Vaccination North-Western Provinces and Oudh 1896-1901 - 1896-1901
Year: 1896
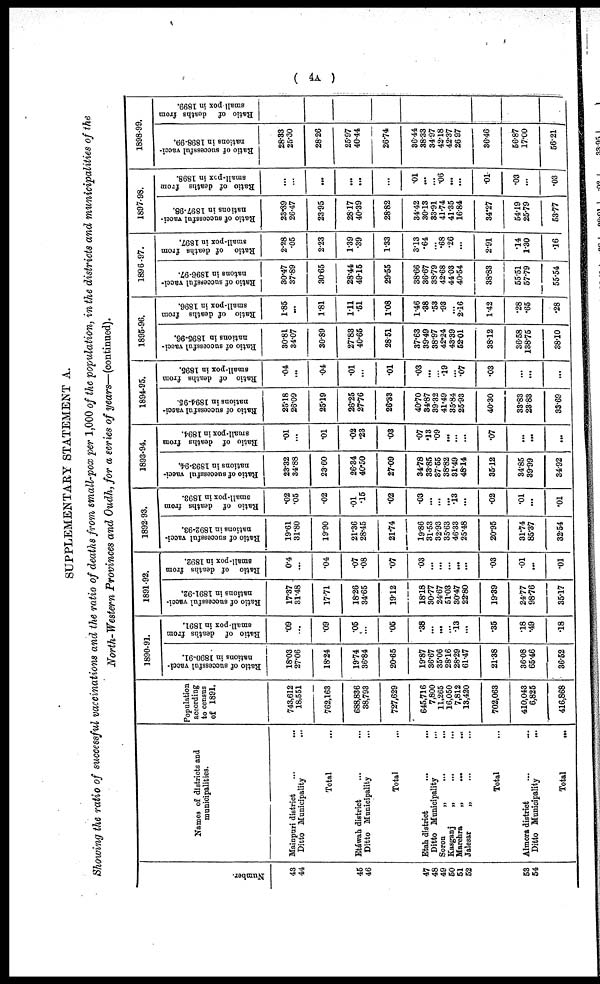
( 4A )
SUPPLEMENTARY STATEMENT A.
Showing the ratio of successful vaccinations and the ratio of deaths from small-pox per 1,000 of the population, in the districts and municipalities of the
North-Western Provinces and Oudh, for a series of years—(continued).
Number.
43
44
45
46
47
48
49
50
51
52
53
54
Names of districts and
municipalities.
Mainpuri district
Ditto Municipality
Total
Etáwah district
Ditto Municipality
Total
Etah district
Ditto Municipality
Soron
Kasganj
„
......
Marehra
Jalesar
„
Total
Almora district
Ditto Municipality
Total
...
Population
according
to census
of 1891.
743,612
18,551
762,163
688,836
38,793
727,629
645,716
7,800
11,265
16,050
7,812
13,420
702,063
410,043
6,825
416,868
1890-91.
Ratio of successful vacci-
nations in 1890-91.
18.03
27.06
18.24
19.74
36.84
20.65
19.87
36.67
35.06
28.16
28.29
61.47
21.38
36.08
65.46
36.52
Ratio of deaths from
small-pox in 1891.
.09
...
.09
.05
...
.05
.38
...
...
...
.13
...
.35
.18
.49
.18
1891-92.
Ratio of successful vacci-
nations in 1891-92.
17.37
31.48
17.71
18.26
34.65
19.12
18.18
30.77
24.67
51.03
30.47
22.80
19.39
24.77
98.76
35.17
Ratio of deaths from
small-pox in 1892.
0.4
...
.04
.07
.08
.07
.03
...
...
...
...
...
.03
.01
...
.01
1892-93.
Ratio of successful vacci-
nations in 1892-93.
19.61
31.80
19.90
21.36
28.45
21.74
19.86
31.53
32.93
35.63
46.33
25.48
20.95
31.74
85.37
32.54
Ratio of deaths from
small-pox in 1893.
.02
.05
.02
.01
.15
.02
.03
...
...
...
.13
...
.02
.01
...
.01
1893-94.
R
atio of successful vacci-
nations in 1893-94.
23.32
34.88
23.60
26.34
40.50
27.09
34.78
33.85
37.55
38.82
31.49
48.14
35.12
34.85
39.99
34.92
Ratio of deaths from
small-pox in 1894.
.01
...
.01
.02
.23
.03
.07
.13
.09
...
...
...
.07
...
...
...
1894-95.
R atio of successful vacci-
nations in 1894-95.
25.18
26.09
25.19
26.25
27.76
26.33
40.70
34.87
39.32
41.49
35.84
25.93
40.30
33.83
23.83
33.69
Ratio of deaths from
small-pox in 1895.
.04
...
.04
.01
...
.01
.03
...
...
.19
...
.07
.03
...
...
...
1895-96.
Ratio of successful vacci-
nations in 1895-96.
30.81
34.07
30.89
27.83
40.65
28.51
37.63
39.49
38.97
42.24
43.39
52.01
38.12
36.58
138.75
38.10
Ratio of deaths from
small-pox in 1896.
1.85
...
1.81
1.11
.51
1.08
1.46
.38
.53
.93
...
2.16
1.42
.28
.65
.28
1896-97.
Ratio of successful vacci¬
natons in 1896-97.
30.47
37.89
30.65
28.44
49.15
29.55
38.66
36.67
38.79
42.68
44.03
40.54
38.83
55.51
57.79
55.54
Ratio of deaths from
small-pox in 1897.
2.28
.05
2.23
1.39
.39
1.33
3.13
.64
...
.68
.26
...
2.91
.14
1.30
.16
1897-98.
Ratio of successful vacci-
nations in 1897-98.
23.89
26.47
23.95
28.17
40.39
28.82
34.42
30.13
33.91
41.74
41.35
16.84
34.27
54.19
25.79
53.77
Ratio of deaths from
small-pox in 1898.
...
...
...
...
...
...
.01
...
...
.06
...
...
.01
.03
...
.03
1898-99.
Ratio of successful vacci-
nations in 1898-99.
28.33
25.30
28.26
25.97
40.44
26.74
36.44
38.33
34.97
42.18
42.37
26.97
36.46
56.87
17.00
56.21
Ratio of deaths from
small pox in 1899.